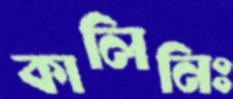
কালিনিঃ